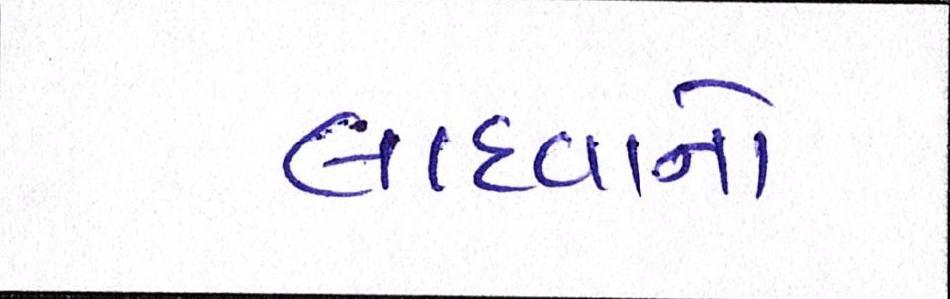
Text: લાદવાનો